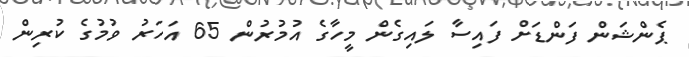
ޕެންޝަން ފަންޑަށް ފައިސާ ލައިގެން މީހާގެ އުމުރުން 65 އަހަރު ވުމުގެ ކުރިން